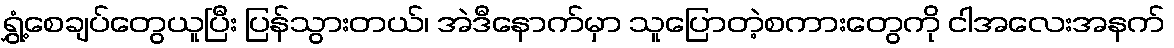
ရွှံ့စေချပ်တွေယူပြီး ပြန်သွားတယ်၊ အဲဒီနောက်မှာ သူပြောတဲ့စကားတွေကို ငါအလေးအနက်